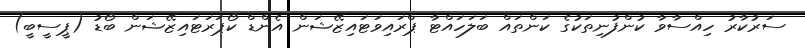
ސަރުކާރު ހިއްސާވާ ކުންފުނިތަކުގެ ކަންތައް ބަލަހައްޓާ ޕްރައިވަޓައިޒޭޝަން އެންޑް ކޯޕަރަޓައިޒޭޝަން ބޯޑު (ޕީސީބީ)